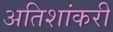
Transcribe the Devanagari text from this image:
अतिशांकरी